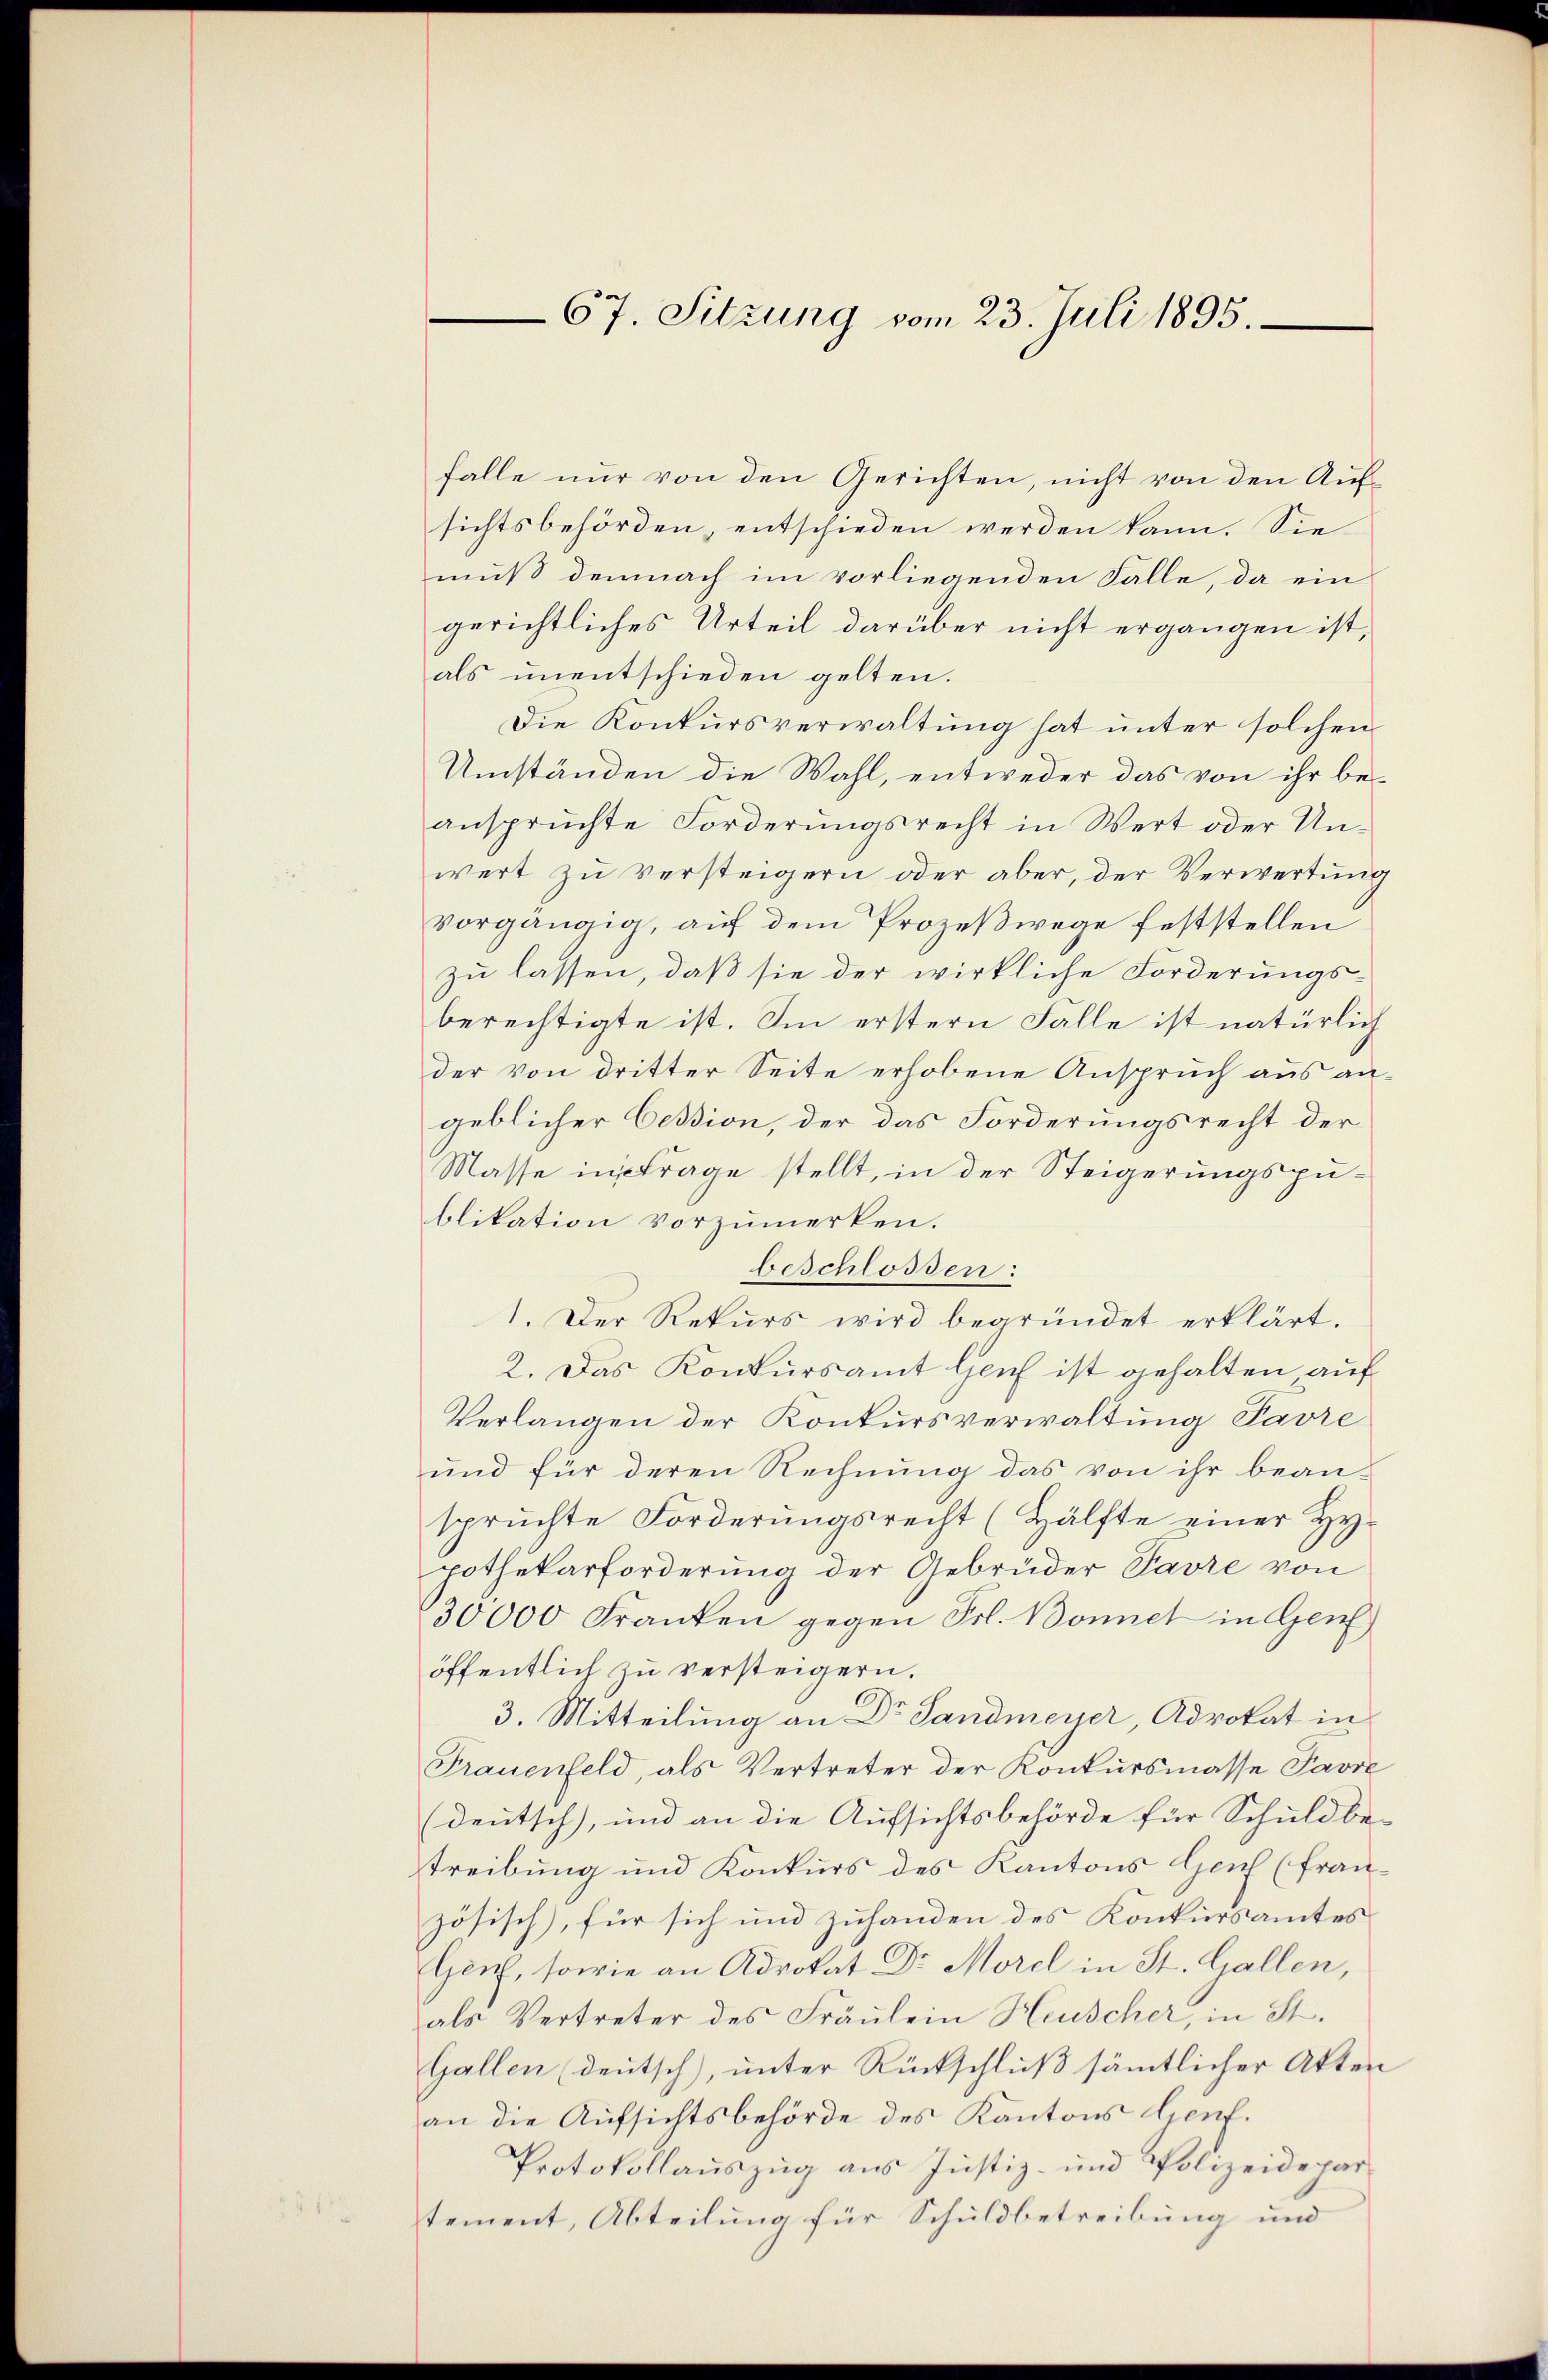
67. Sitzung vom 23. Juli 1895.

falle nur von den Gerichten, nicht von den Aufsichtsbehörden, entschieden werden kann. Sie
muß demnach im vorliegenden Falle, da ein
gerichtliches Urteil darüber nicht ergangen ist,
als unentschieden gelten.
Die Konkursverwaltung hat unter solchen
Umständen die Wahl, entweder das von ihr beanspruchte Forderungsrecht in Wert oder Unwert zu versteigern oder aber, der Verwertung
vorgängig, auf dem Prozeßwege feststellen
zu lassen, daß sie der wirkliche Forderungsberechtigte ist. Im erstern Falle ist natürlich
der von dritter Seite erhobene Anspruch aus angeblicher Cession, der das Forderungsrecht der
Masse intrage stellt, in der Steigerungspublikation vorzumerken.
beschlossen:
1. Der Rekurs wird begründet erklärt.
2. Das Konkursamt Genf ist gehalten auf
Verlangen der Konkursverwaltung Favre
und für deren Rechnung das von ihr bean-
spruchte Forderungsrecht (Hälfte einer Hy
pothekarforderung der Gebrüder Pavre von
30000 Franken gegen Frl. Bonnet in Genf
öffentlich zu versteigern.
3. Mitteilung an Dr Landmeyer, Advokat in
Frauenfeld, als Vertreter der Konkursmasse Pavre
(deutsch), und an die Aufsichtsbehörde für Schuldbe-
treibung und Konkurs des Kantons Genf (französisch), für sich und zuhanden des Konkursamtes
Hich, sowie an Advokat Dr. Morel in St. Gallen,
als Vertreter des Fräulein Heuscher, in St.
Gallen (deutsch), unter Rückschluß sämmtlicher Akten
an die Aufsichtsbehörde des Kantons Genf.
Protokollauszug aus Justiz- und Polizeidepartement, Abteilung für Schuldbetreibung und